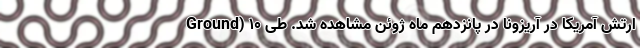
Ground) ارتش آمریکا در آریزونا در پانزدهم ماه ژوئن مشاهده شد. طی 10